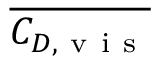
\overline { { C _ { D , \mathrm { ~ v ~ i ~ s ~ } } } }